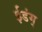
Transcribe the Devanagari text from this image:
ईडंग्